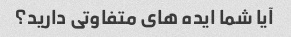
آیا شما ایده های متفاوتی دارید؟